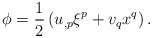
\begin{align*}\phi=\frac{1}{2}\left(u_{,p}\xi^p+v_qx^q\right).\end{align*}